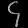
Digit: ၄